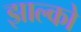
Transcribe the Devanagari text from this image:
झाल्को